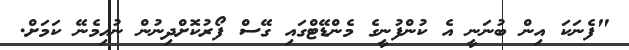
"ފެނަކަ އިން ބުނަނީ އެ ކުންފުނީގެ މެންޑޭޓްގައި ގޭސް ފޯރުކޮށްދިނުން ނުހިމެނޭ ކަމަށް.